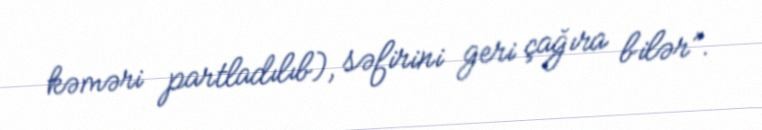
kəməri partladılıb), səfirini geri çağıra bilər”.